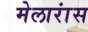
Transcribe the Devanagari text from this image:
मेलारांस